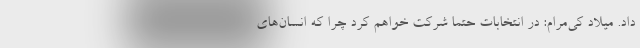
داد. میلاد کی‌مرام: در انتخابات حتما شرکت خواهم کرد چرا که انسان‌های